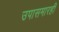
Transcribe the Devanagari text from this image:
उपासमारही